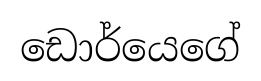
ඩොර්යෙගේ